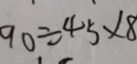
9 0 \div 4 5 \times 8